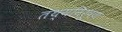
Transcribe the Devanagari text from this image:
तथ्यनिरूपण